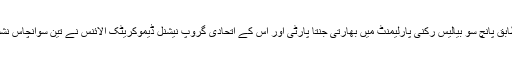
غیر حتمی اور غیر سرکاری نتائج کے مطابق پانچ سو بیالیس رکنی پارلیمنٹ میں بھارتی جنتا پارٹی اور اُس کے اتحادی گروپ نیشنل ڈیموکریٹک الائنس نے تین سوانچاس نشستوں پر واضح برتری حاصل کر لی ہے ۔